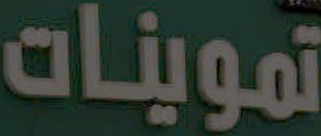
تموينات